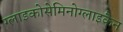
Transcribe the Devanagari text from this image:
ग्लाइकोसेमिनोग्लाइकैन